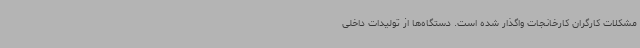
مشکلات کارگران کارخانجات واگذار شده است. دستگاه‌ها از تولیدات داخلی